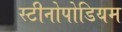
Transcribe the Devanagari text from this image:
स्टीनोपोडियम